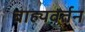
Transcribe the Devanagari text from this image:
बाह्यवर्तन